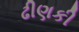
ઢીણકી